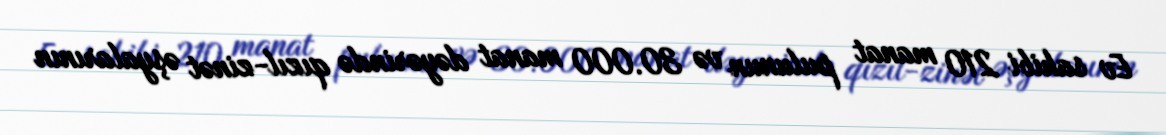
Ev sahibi 210 manat pulunun və 30.000 manat dəyərində qızıl-zinət əşyalarının